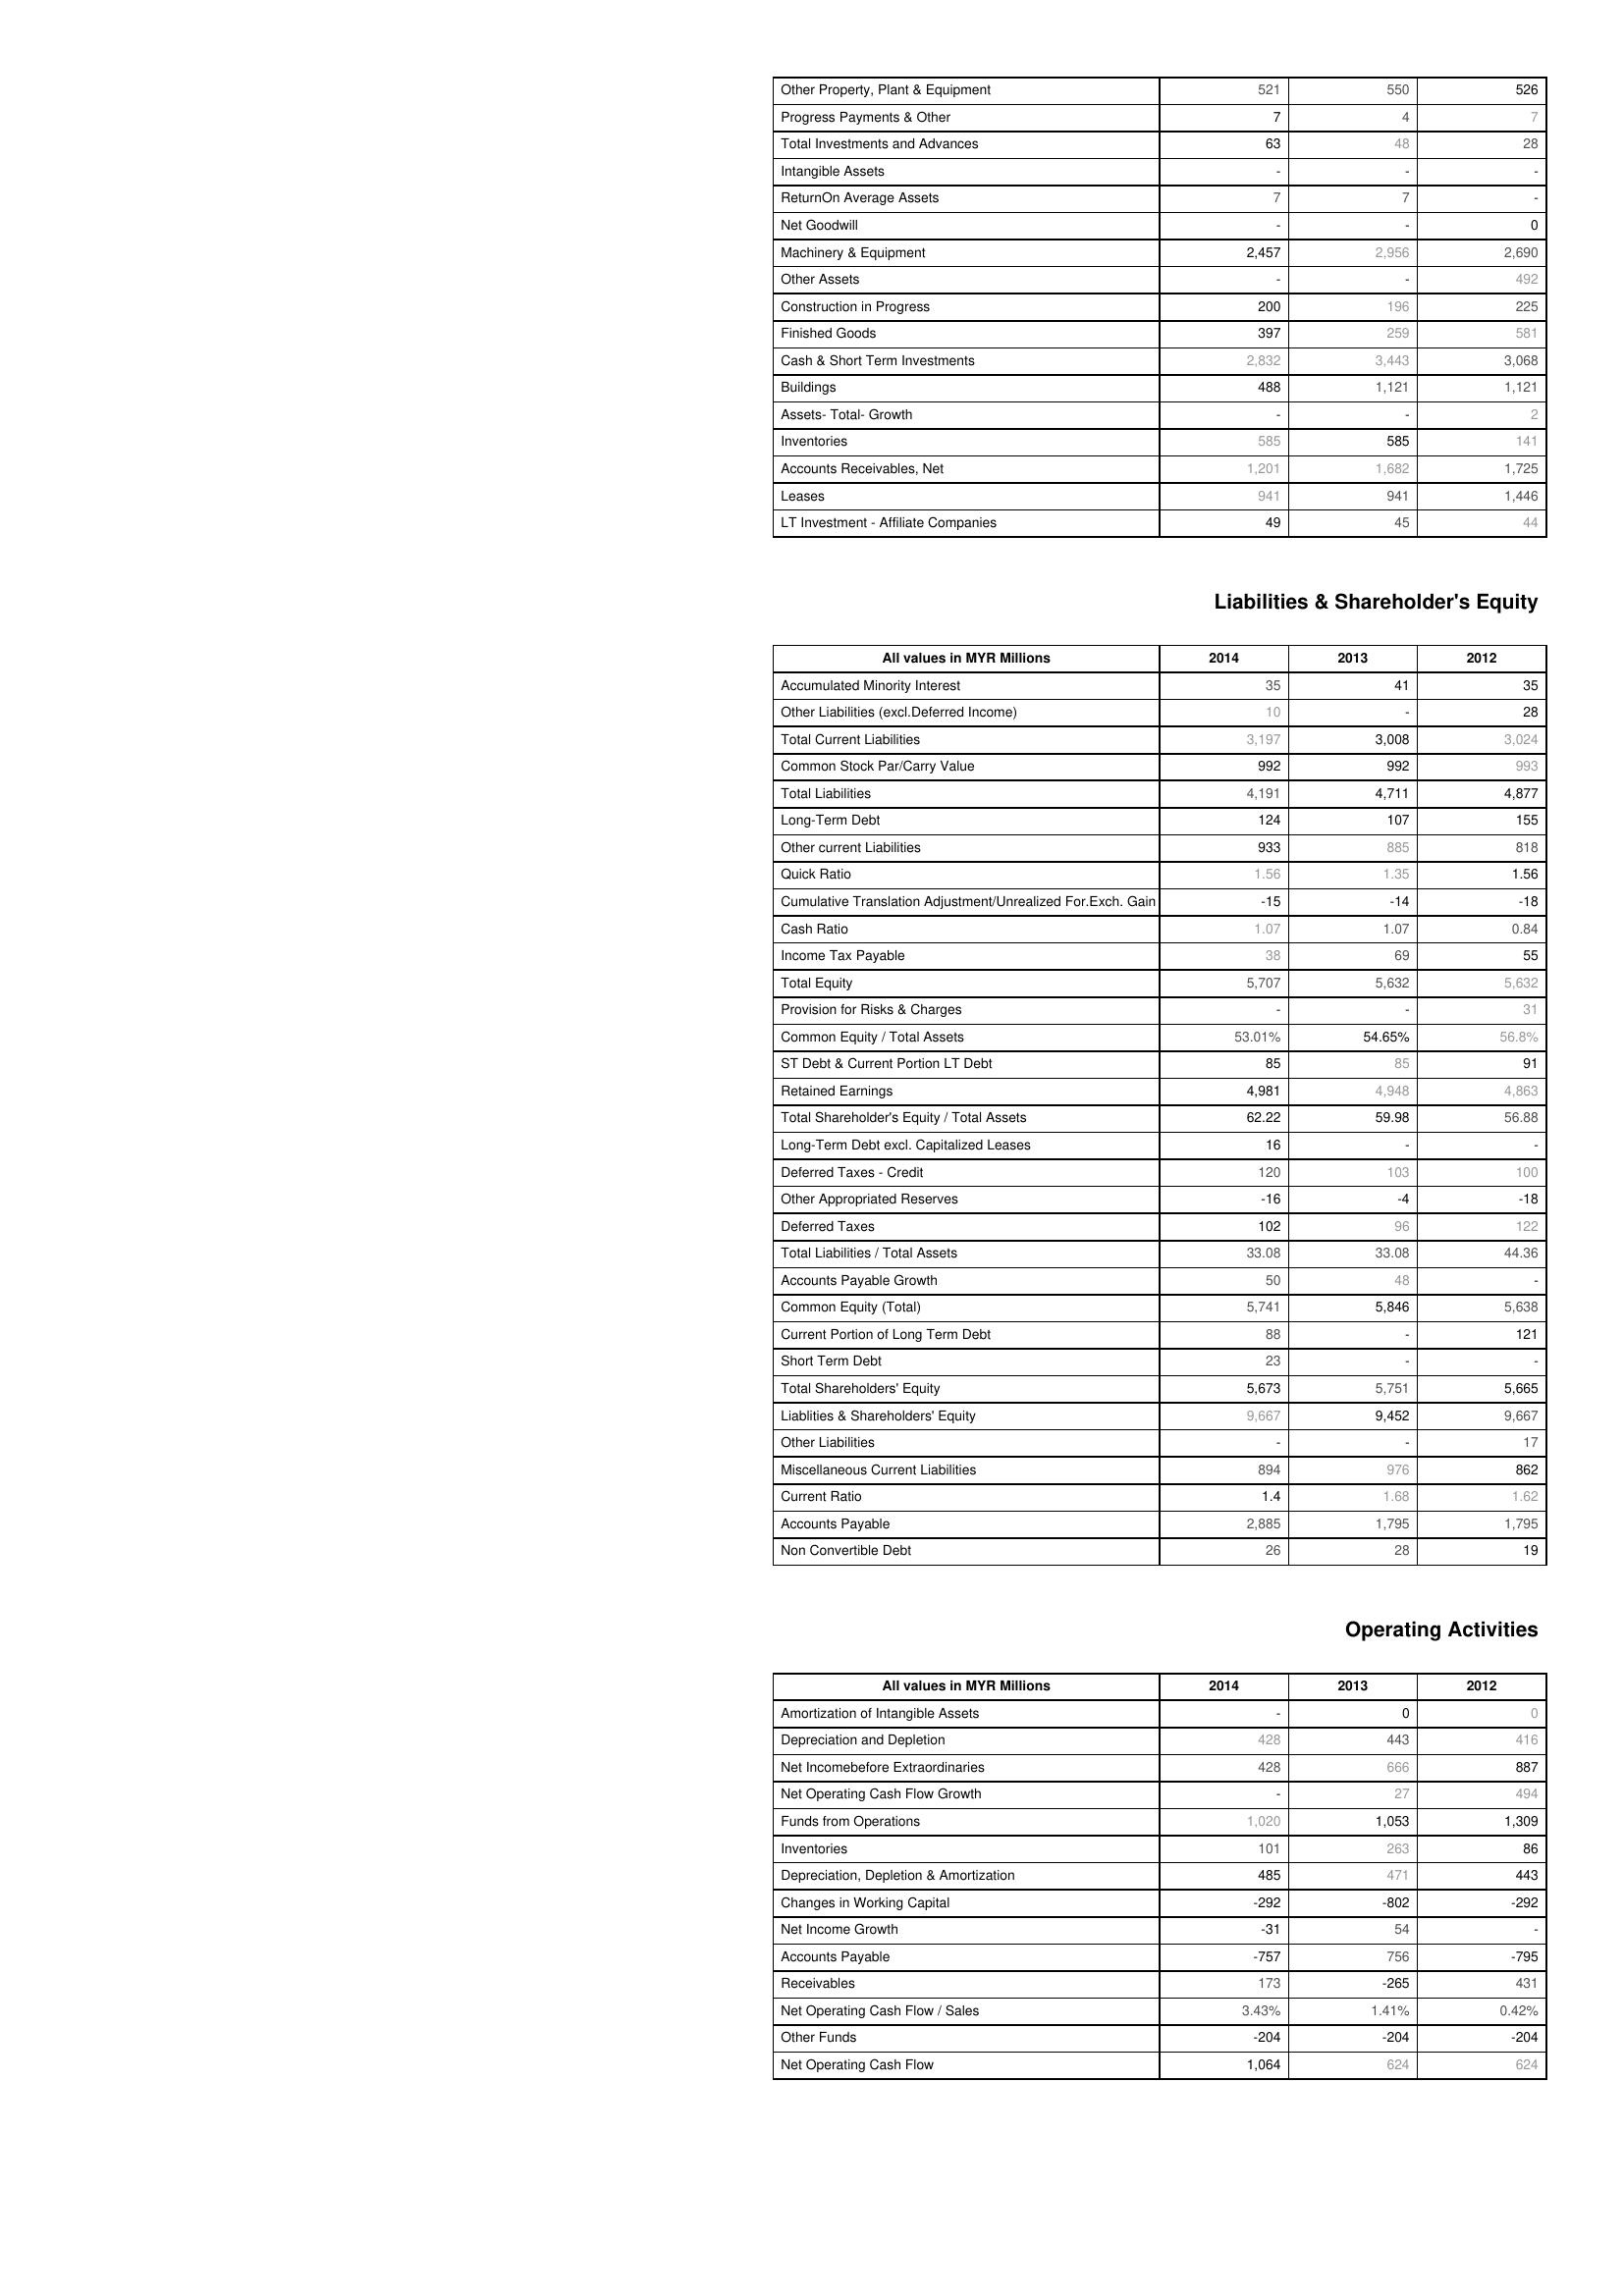
2014: Assets: Other Property, Plant & Equipment: 521
Progress Payments & Other: 7
Total Investments and Advances: 63
Intangible Assets: -
ReturnOn Average Assets: 7
Net Goodwill: -
Machinery & Equipment: 2,457
Other Assets: -
Construction in Progress: 200
Finished Goods: 397
Cash & Short Term Investments: 2,832
Buildings: 488
Assets- Total- Growth: -
Inventories: 585
Accounts Receivables, Net: 1,201
Leases: 941
LT Investment - Affiliate Companies: 49
Liabilities & Shareholder's Equity: Accumulated Minority Interest: 35
Other Liabilities (excl.Deferred Income): 10
Total Current Liabilities: 3,197
Common Stock Par/Carry Value: 992
Total Liabilities: 4,191
Long-Term Debt: 124
Other current Liabilities: 933
Quick Ratio: 1.56
Cumulative Translation Adjustment/Unrealized For.Exch. Gain: -15
Cash Ratio: 1.07
Income Tax Payable: 38
Total Equity: 5,707
Provision for Risks & Charges: -
Common Equity / Total Assets: 53.01%
ST Debt & Current Portion LT Debt: 85
Retained Earnings: 4,981
Total Shareholder's Equity / Total Assets: 62.22
Long-Term Debt excl. Capitalized Leases: 16
Deferred Taxes - Credit: 120
Other Appropriated Reserves: -16
Deferred Taxes: 102
Total Liabilities / Total Assets: 33.08
Accounts Payable Growth: 50
Common Equity (Total): 5,741
Current Portion of Long Term Debt: 88
Short Term Debt: 23
Total Shareholders' Equity: 5,673
Liablities & Shareholders' Equity: 9,667
Other Liabilities: -
Miscellaneous Current Liabilities: 894
Current Ratio: 1.4
Accounts Payable: 2,885
Non Convertible Debt: 26
Operating Activities: Amortization of Intangible Assets: -
Depreciation and Depletion: 428
Net Incomebefore Extraordinaries: 428
Net Operating Cash Flow Growth: -
Funds from Operations: 1,020
Inventories: 101
Depreciation, Depletion & Amortization: 485
Changes in Working Capital: -292
Net Income Growth: -31
Accounts Payable: -757
Receivables: 173
Net Operating Cash Flow / Sales: 3.43%
Other Funds: -204
Net Operating Cash Flow: 1,064
2013: Assets: Other Property, Plant & Equipment: 550
Progress Payments & Other: 4
Total Investments and Advances: 48
Intangible Assets: -
ReturnOn Average Assets: 7
Net Goodwill: -
Machinery & Equipment: 2,956
Other Assets: -
Construction in Progress: 196
Finished Goods: 259
Cash & Short Term Investments: 3,443
Buildings: 1,121
Assets- Total- Growth: -
Inventories: 585
Accounts Receivables, Net: 1,682
Leases: 941
LT Investment - Affiliate Companies: 45
Liabilities & Shareholder's Equity: Accumulated Minority Interest: 41
Other Liabilities (excl.Deferred Income): -
Total Current Liabilities: 3,008
Common Stock Par/Carry Value: 992
Total Liabilities: 4,711
Long-Term Debt: 107
Other current Liabilities: 885
Quick Ratio: 1.35
Cumulative Translation Adjustment/Unrealized For.Exch. Gain: -14
Cash Ratio: 1.07
Income Tax Payable: 69
Total Equity: 5,632
Provision for Risks & Charges: -
Common Equity / Total Assets: 54.65%
ST Debt & Current Portion LT Debt: 85
Retained Earnings: 4,948
Total Shareholder's Equity / Total Assets: 59.98
Long-Term Debt excl. Capitalized Leases: -
Deferred Taxes - Credit: 103
Other Appropriated Reserves: -4
Deferred Taxes: 96
Total Liabilities / Total Assets: 33.08
Accounts Payable Growth: 48
Common Equity (Total): 5,846
Current Portion of Long Term Debt: -
Short Term Debt: -
Total Shareholders' Equity: 5,751
Liablities & Shareholders' Equity: 9,452
Other Liabilities: -
Miscellaneous Current Liabilities: 976
Current Ratio: 1.68
Accounts Payable: 1,795
Non Convertible Debt: 28
Operating Activities: Amortization of Intangible Assets: 0
Depreciation and Depletion: 443
Net Incomebefore Extraordinaries: 666
Net Operating Cash Flow Growth: 27
Funds from Operations: 1,053
Inventories: 263
Depreciation, Depletion & Amortization: 471
Changes in Working Capital: -802
Net Income Growth: 54
Accounts Payable: 756
Receivables: -265
Net Operating Cash Flow / Sales: 1.41%
Other Funds: -204
Net Operating Cash Flow: 624
2012: Assets: Other Property, Plant & Equipment: 526
Progress Payments & Other: 7
Total Investments and Advances: 28
Intangible Assets: -
ReturnOn Average Assets: -
Net Goodwill: 0
Machinery & Equipment: 2,690
Other Assets: 492
Construction in Progress: 225
Finished Goods: 581
Cash & Short Term Investments: 3,068
Buildings: 1,121
Assets- Total- Growth: 2
Inventories: 141
Accounts Receivables, Net: 1,725
Leases: 1,446
LT Investment - Affiliate Companies: 44
Liabilities & Shareholder's Equity: Accumulated Minority Interest: 35
Other Liabilities (excl.Deferred Income): 28
Total Current Liabilities: 3,024
Common Stock Par/Carry Value: 993
Total Liabilities: 4,877
Long-Term Debt: 155
Other current Liabilities: 818
Quick Ratio: 1.56
Cumulative Translation Adjustment/Unrealized For.Exch. Gain: -18
Cash Ratio: 0.84
Income Tax Payable: 55
Total Equity: 5,632
Provision for Risks & Charges: 31
Common Equity / Total Assets: 56.8%
ST Debt & Current Portion LT Debt: 91
Retained Earnings: 4,863
Total Shareholder's Equity / Total Assets: 56.88
Long-Term Debt excl. Capitalized Leases: -
Deferred Taxes - Credit: 100
Other Appropriated Reserves: -18
Deferred Taxes: 122
Total Liabilities / Total Assets: 44.36
Accounts Payable Growth: -
Common Equity (Total): 5,638
Current Portion of Long Term Debt: 121
Short Term Debt: -
Total Shareholders' Equity: 5,665
Liablities & Shareholders' Equity: 9,667
Other Liabilities: 17
Miscellaneous Current Liabilities: 862
Current Ratio: 1.62
Accounts Payable: 1,795
Non Convertible Debt: 19
Operating Activities: Amortization of Intangible Assets: 0
Depreciation and Depletion: 416
Net Incomebefore Extraordinaries: 887
Net Operating Cash Flow Growth: 494
Funds from Operations: 1,309
Inventories: 86
Depreciation, Depletion & Amortization: 443
Changes in Working Capital: -292
Net Income Growth: -
Accounts Payable: -795
Receivables: 431
Net Operating Cash Flow / Sales: 0.42%
Other Funds: -204
Net Operating Cash Flow: 624